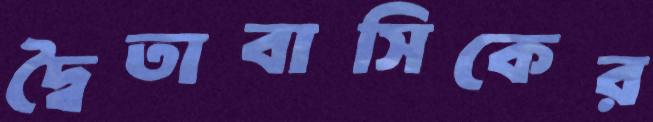
দ্বৈতাবাসিকের